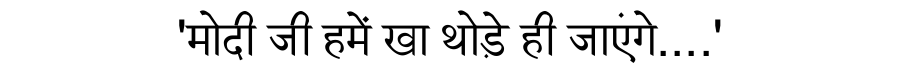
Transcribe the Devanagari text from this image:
'मोदी जी हमें खा थोड़े ही जाएंगे....'